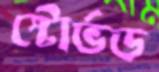
স্টোর্ভড